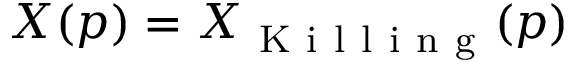
X ( p ) = X _ { \mathrm { ~ K ~ i ~ l ~ l ~ i ~ n ~ g ~ } } ( p )